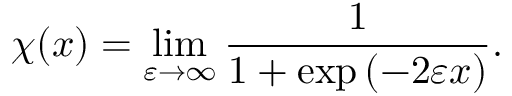
\chi ( x ) = \operatorname* { l i m } _ { \varepsilon \to \infty } \frac { 1 } { 1 + \exp \left( - 2 \varepsilon x \right) } .